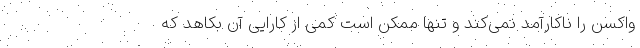
واکسن را ناکارآمد نمی‌کند و تنها ممکن است کمی از کارایی آن بکاهد که